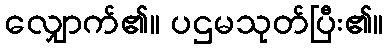
လျှောက်၏။ ပဌမသုတ်ပြီး၏။